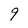
Character: 9